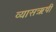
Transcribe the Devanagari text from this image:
व्यासऋषी